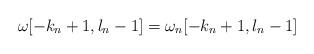
LaTeX: \begin{align*}\omega[-k_n + 1, l_n - 1] = \omega_n[-k_n + 1, l_n - 1]\end{align*}